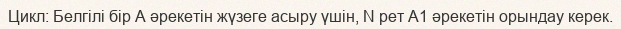
Цикл: Белгілі бір А әрекетін жүзеге асыру үшін, N рет А1 әрекетін орындау керек.